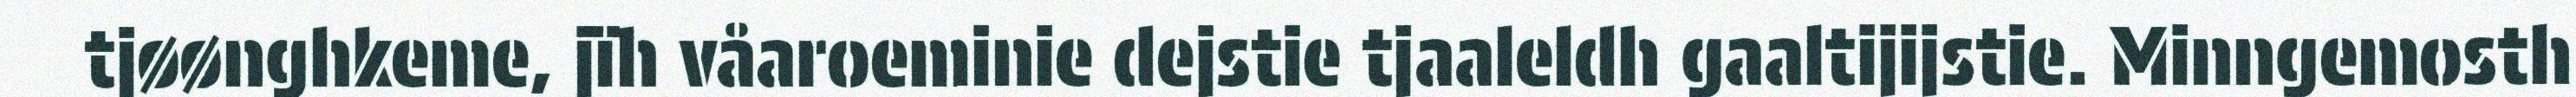
tjøønghkeme, jïh våaroeminie dejstie tjaaleldh gaaltijijstie. Minngemosth